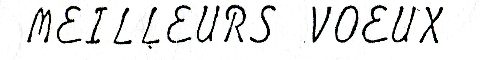
Meilleurs Voeux